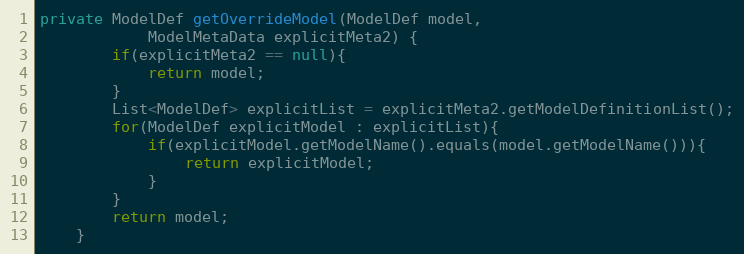
Language: Java
private ModelDef getOverrideModel(ModelDef model,
			ModelMetaData explicitMeta2) {
		if(explicitMeta2 == null){
			return model;
		}
		List<ModelDef> explicitList = explicitMeta2.getModelDefinitionList();
		for(ModelDef explicitModel : explicitList){
			if(explicitModel.getModelName().equals(model.getModelName())){
				return explicitModel;
			}
		}
		return model;
	}